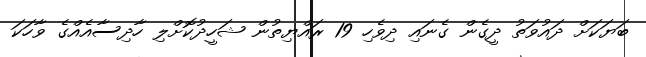
ބަޔަކަށް ދައުވަތު ދީގެން ގެނައި ދިވެހި 19 ރައްޔިތުން ޝަހީދުކޮށްލި ހާދިސާއެއްގެ ވާހަކަ